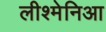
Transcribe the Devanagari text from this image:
लीश्मेनिआ